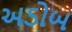
અડોબ